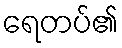
ရေတပ်၏